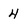
Character: 4